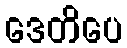
ဒေတိပေ